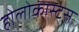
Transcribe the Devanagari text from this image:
होलोकास्ट्स